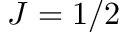
J = 1 / 2